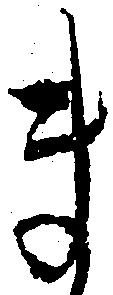
ま